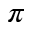
\pi